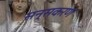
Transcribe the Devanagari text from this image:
सन्सकरण